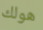
هولك